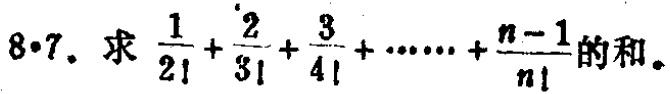
$8\cdot7.$ 求 $\frac{1}{2!}+\frac{2}{3!}+\frac{3}{4!}+\cdots+\frac{n - 1}{n!}$ 的和。